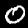
Digit: 0